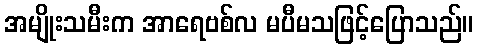
အမျိုးသမီးက အာရေဗစ်လ မပီမသဖြင့်ပြောသည်။